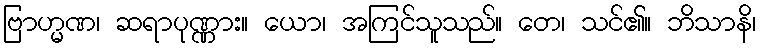
ဗြာဟ္မဏ၊ ဆရာပုဏ္ဏား။ ယော၊ အကြင်သူသည်။ တေ၊ သင်၏။ ဘိသာနိ၊